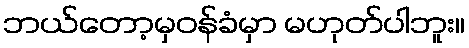
ဘယ်တော့မှဝန်ခံမှာ မဟုတ်ပါဘူး။